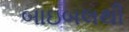
બાઇબલથી